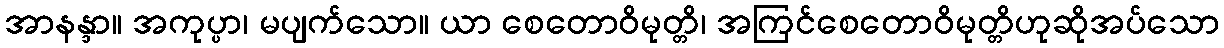
အာနန္ဒာ။ အကုပ္ပာ၊ မပျက်သော။ ယာ စေတောဝိမုတ္တိ၊ အကြင်စေတောဝိမုတ္တိဟုဆိုအပ်သော